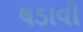
લડાવી